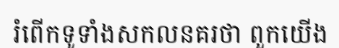
រំពើកទូទាំងសកលនគរថា ពួកយើង